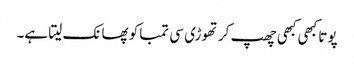
پوتا کبھی کبھی چھپ کر تھوڑی سی تمباکو پھانک لیتا ہے۔